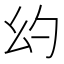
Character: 𪪊